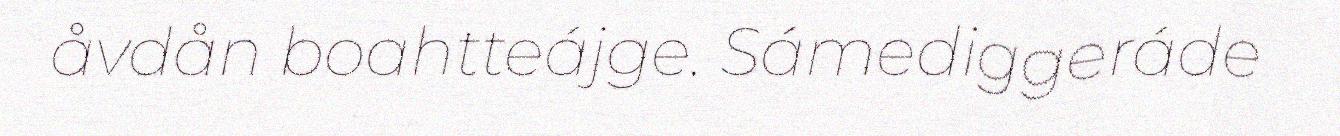
åvdån boahtteájge. Sámediggeráde